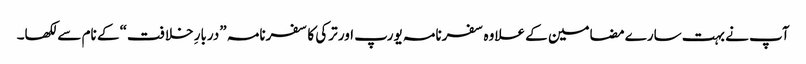
آپ نے بہت سارے مضامین کے علاوہ سفرنامہ یورپ اور ترکی کا سفرنامہ ”دربارِ خلافت“ کے نام سے لکھا۔